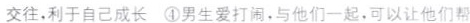
交往，利于自己成长 ④男生爱打闹，与他们一起，可以让他们帮